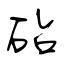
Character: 砧